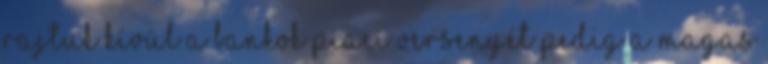
Rajtuk kívül a bankok piaci versenyét pedig a magas